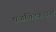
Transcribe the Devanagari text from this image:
पळणिटकरांना